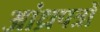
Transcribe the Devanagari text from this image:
आंध्रपत्रों